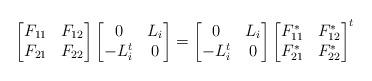
LaTeX: \begin{align*}\begin{bmatrix}F_{11} & F_{12}\\ F_{21} & F_{22}\end{bmatrix}\begin{bmatrix}0 & L_i\\-L_i^t & 0 \end{bmatrix}& =\begin{bmatrix}0 & L_i\\-L_i^t & 0 \end{bmatrix}\begin{bmatrix}F^*_{11} & F^*_{12}\\ F^*_{21} & F^*_{22}\end{bmatrix}^t\end{align*}